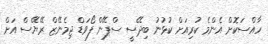
ހާއްސަކޮށް އެންމެ ކުރިއަށް ކުޅުނު ބިދޭސީ ސްޕޭން ފޯވަޑް ޖިމެނޭޒް ރޭޔޭސް އަށް